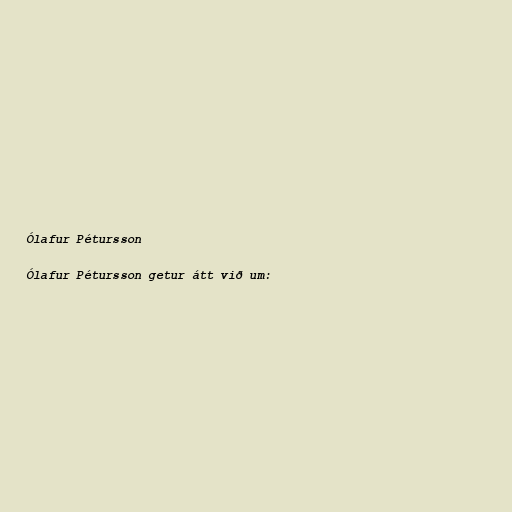
Ólafur Pétursson

Ólafur Pétursson getur átt við um: